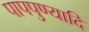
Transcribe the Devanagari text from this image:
पापपुण्यादि